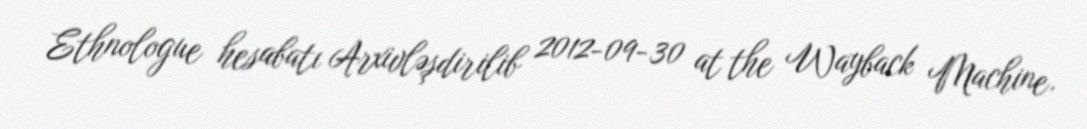
Ethnologue hesabatı Arxivləşdirilib 2012-09-30 at the Wayback Machine.